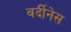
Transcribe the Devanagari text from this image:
वर्दीनेस